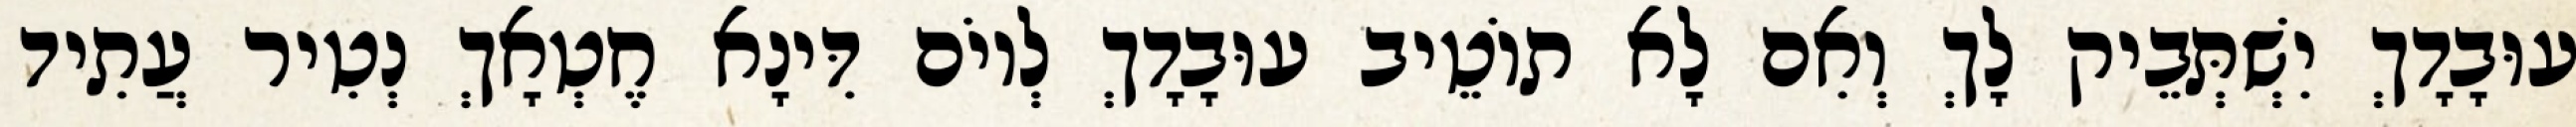
עוּבָדָךְ יִשְׁתְּבֵיק לָךְ וְאִם לָא תוֹטֵיב עוּבָדָךְ לְיוֹם דִּינָא חֶטְאָךְ נְטִיר עֲתִיד